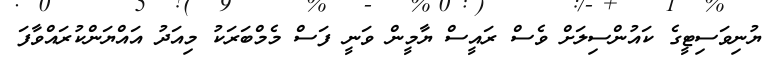
ޔުނިވަސިޓީގެ ކައުންސިލަށް ވެސް ރައީސް ޔާމީން ވަނީ ފަސް މެމްބަރަކު މިއަދު އައްޔަންކުރައްވާފަ